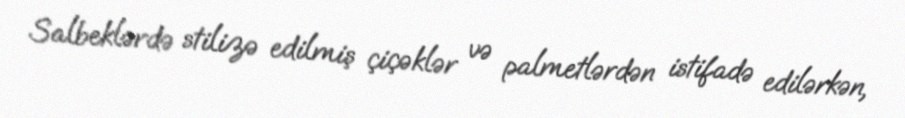
Salbeklərdə stilizə edilmiş çiçəklər və palmetlərdən istifadə edilərkən,